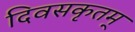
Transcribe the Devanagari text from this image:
दिवसकृतम्‌